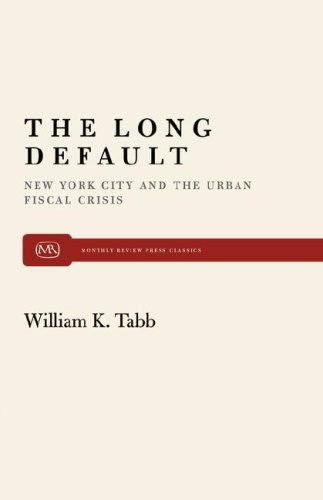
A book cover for The Long Default: New York City and the Urban Fiscal Crisis (Monthly Review Press Classic Titles); William K. Tabb; Business & Money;